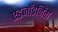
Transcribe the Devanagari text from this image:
एडजॉइनिंग